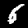
Label: 6